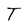
Character: T